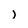
Character: j